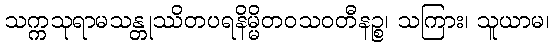
သက္ကသုရာမသန္တုဿိတပရနိမ္မိတဝသဝတီနဉ္စ၊ သကြား၊ သူယာမ၊